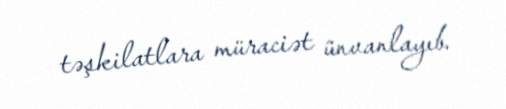
təşkilatlara müraciət ünvanlayıb.